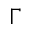
\Gamma